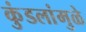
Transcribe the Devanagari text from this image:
कुंडलांमुळे